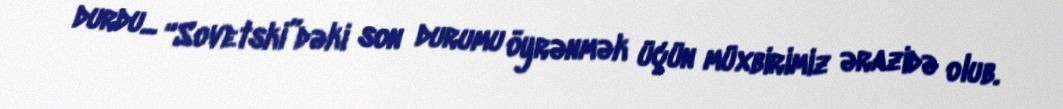
durdu... “Sovetski”dəki son durumu öyrənmək üçün müxbirimiz ərazidə olub.